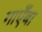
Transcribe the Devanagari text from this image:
गाएँबा